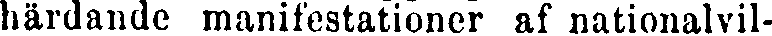
härdande manifestationer af nationalvil-